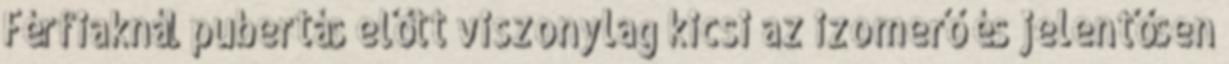
Férfiaknál pubertás előtt viszonylag kicsi az izomerő és jelentősen